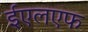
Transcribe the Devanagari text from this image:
ईएलएफ